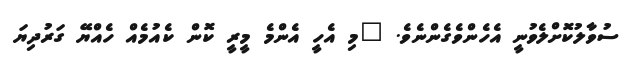
ސުވާލުކޮށްލެވުނީ އެހެންވެގެންނެވެ. "މި އެހީ އެންމެ މީރީ ކޮން ކެއުމެއް ހެއްޔޭ ގަރުދިޔަ